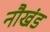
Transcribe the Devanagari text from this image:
नौखंड